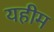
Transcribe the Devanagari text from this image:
यहीम